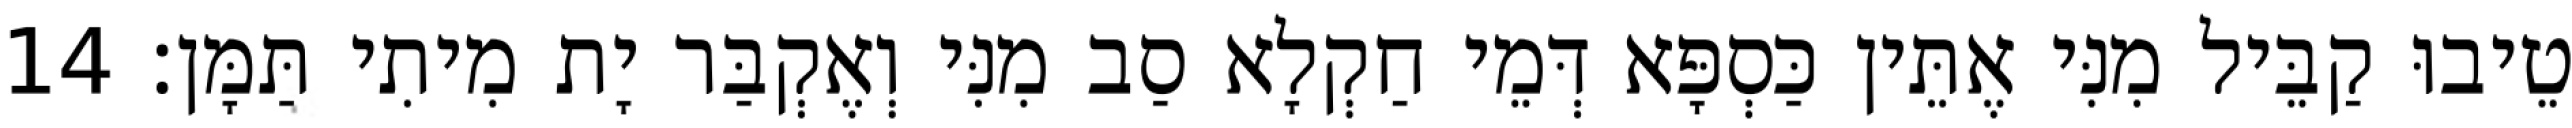
טֵיבוּ קַבֵּיל מִנִּי אֶתֵּין כַּסְפָּא דְּמֵי חַקְלָא סַב מִנִּי וְאֶקְבַּר יָת מִיתִי תַּמָּן׃ 14